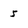
Character: 5